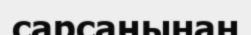
сарсаңынан